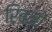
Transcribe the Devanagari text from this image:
रिबनों